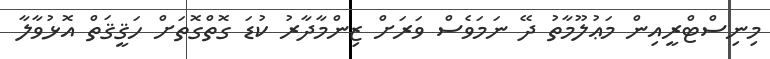
މިނިސްޓްރީއިން މަޢުލޫމާތު ދޭ ނަމަވެސް ވަރަށް ޒިންމާދާރު ކުޑަ ގޮތްގޮތަށް ހަޤީޤަތް އޮޅުވާލާ